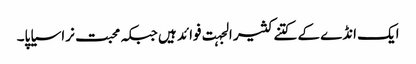
ایک انڈے کے کتنے کثیر الجہت فوائد ہیں جبکہ محبت نرا سیاپا۔